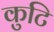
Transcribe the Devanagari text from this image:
कुटि